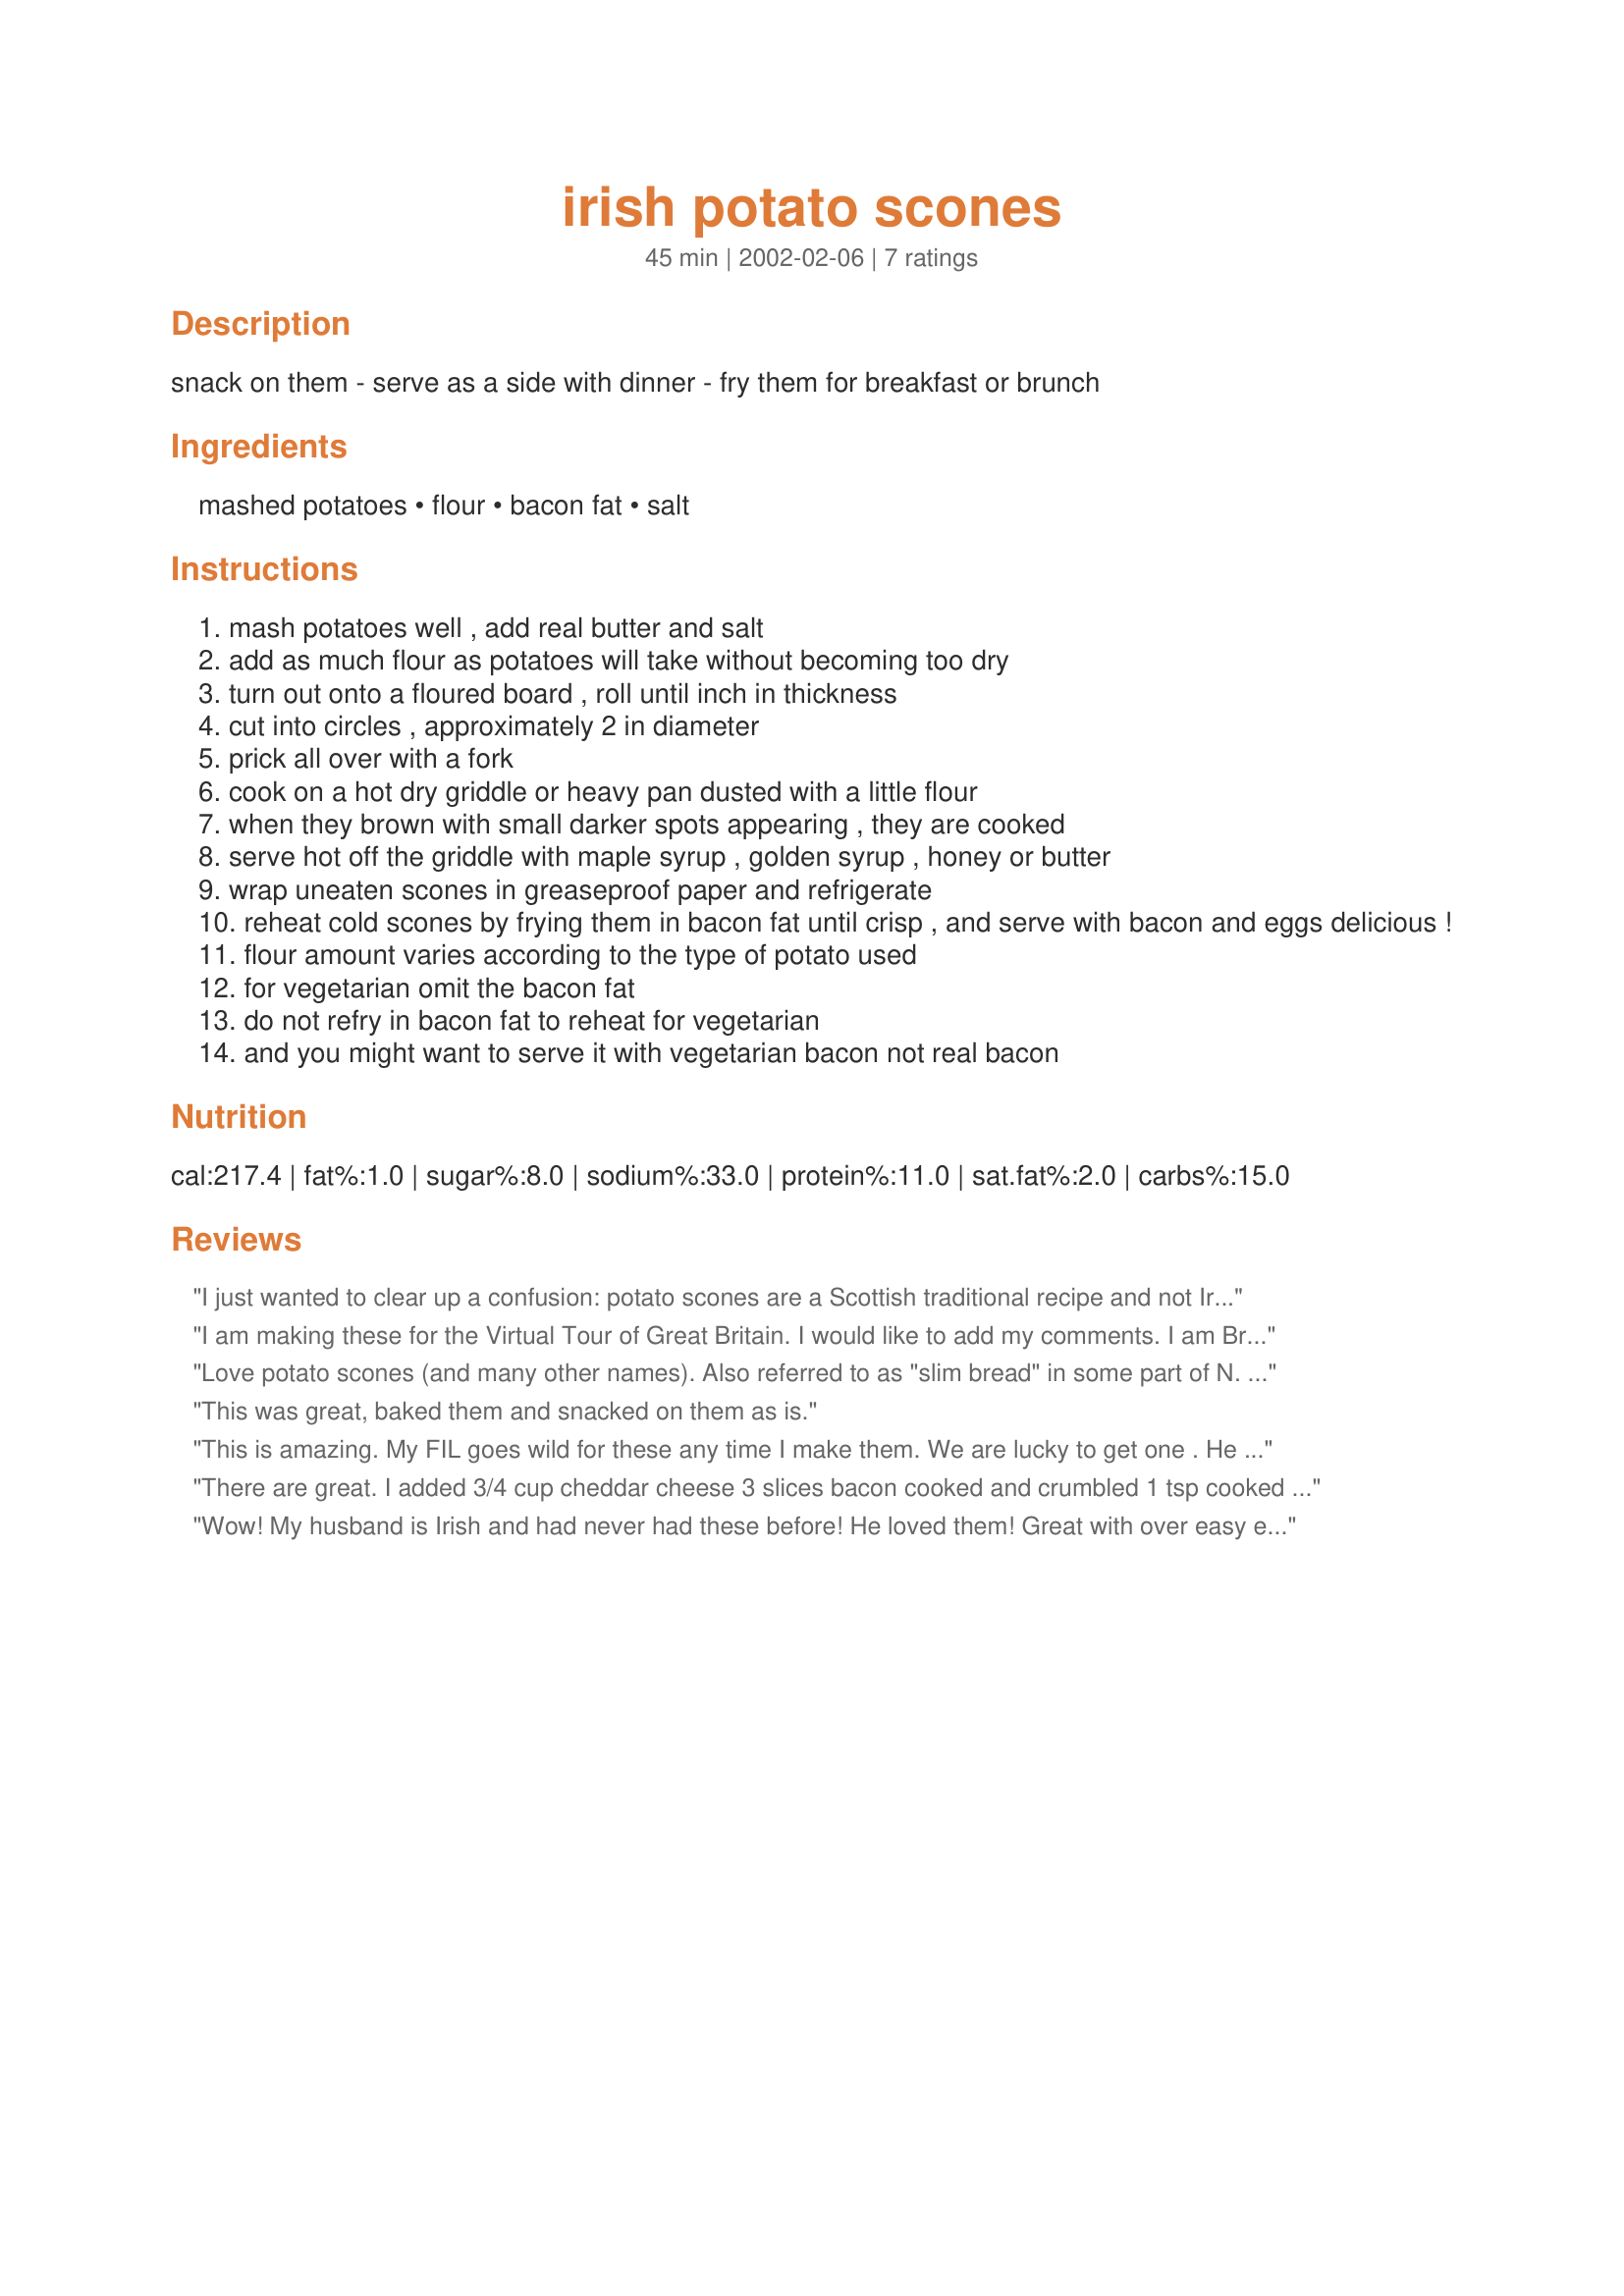
irish potato scones
Preparation time: 45 minutes

snack on them - serve as a side with dinner - fry them for breakfast or brunch

Ingredients:
mashed potatoes, flour, bacon fat, salt

Steps:
mash potatoes well , add real butter and salt
add as much flour as potatoes will take without becoming too dry
turn out onto a floured board , roll until inch in thickness
cut into circles , approximately 2 in diameter
prick all over with a fork
cook on a hot dry griddle or heavy pan dusted with a little flour
when they brown with small darker spots appearing , they are cooked
serve hot off the griddle with maple syrup , golden syrup , honey or butter
wrap uneaten scones in greaseproof paper and refrigerate
reheat cold scones by frying them in bacon fat until crisp , and serve with bacon and eggs delicious !
flour amount varies according to the type of potato used
for vegetarian omit the bacon fat
do not refry in bacon fat to reheat for vegetarian
and you might want to serve it with vegetarian bacon not real bacon

Reviews:
I just wanted to clear up a confusion: potato scones are a Scottish traditional recipe and not Irish; no wonder your Irish husband AKillian24 had not had them before.
I am making these for the Virtual Tour of Great Britain. I would like to add my comments. I am British, part Scottish and English with family in Northern Ireland. Potato scones or cakes as they arev sometimes called, are BOTH Scottish and Irish! They may be called potato cakes, potato pancakes, potato scones...............but they are popular in BOTH countries! FT:-)
Love potato scones (and many other names). Also referred to as "slim bread" in some part of N. Ireland. This is a good recipe and my mother, I swear, made the best. Best, we think, straight off the griddle and a cast iron pan works best. Thanks for submitting
This was great, baked them and snacked on them as is.
This is amazing. My FIL goes wild for these any time I make them. We are lucky to get one . He is Scottish and vouches for their authenticity. I cook these on a dry cast iron griddle. Best if not done too brown.
There are great.
I added 3/4 cup cheddar cheese
3 slices bacon cooked and crumbled
1 tsp cooked minced garlic
Half small yellow onion finely chopped and cooked
Couple dashes of onion powder
Wow! My husband is Irish and had never had these before! He loved them! Great with over easy eggs and butter!
